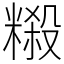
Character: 䊛